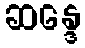
ဆန္ဒေ